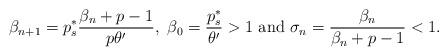
LaTeX: \begin{align*}\beta_{n+1} = p_{s}^*\frac{\beta_n + p -1}{p\theta'}, \ \beta_0 = \frac{p_{s}^*}{\theta'} >1 \ \mbox{and} \ \sigma_{n} = \frac{\beta_n}{\beta_n + p -1} < 1.\end{align*}